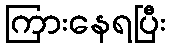
ကြားနေရပြီး